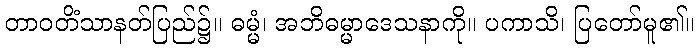
တာဝတိံသာနတ်ပြည်၌။ ဓမ္မံ၊ အဘိဓမ္မာဒေသနာကို။ ပကာသိ၊ ပြတော်မူ၏။